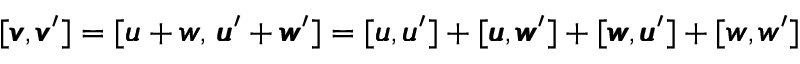
[ { \pmb v } , { \pmb v } ^ { \prime } ] = [ { \pmb u } + { \pmb w } , \, { \pmb u } ^ { \prime } + { \pmb w } ^ { \prime } ] = [ { \pmb u } , { \pmb u } ^ { \prime } ] + [ { \pmb u } , { \pmb w } ^ { \prime } ] + [ { \pmb w } , { \pmb u } ^ { \prime } ] + [ { \pmb w } , { \pmb w } ^ { \prime } ]